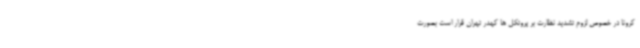
کرونا در خصوص لزوم تشدید نظارت بر پروتکل ها کهدر تهران قرار است بصورت